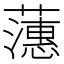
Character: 𬟉